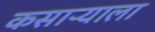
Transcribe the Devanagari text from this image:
कसाऱ्याला